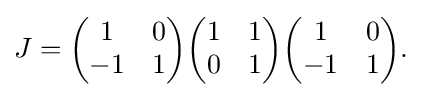
\displaystyle {J={\begin{pmatrix}1&0\\-1&1\end{pmatrix}}{\begin{pmatrix}1&1\\0&1\end{pmatrix}}{\begin{pmatrix}1&0\\-1&1\end{pmatrix}}.}